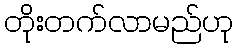
တိုးတက်လာမည်ဟု